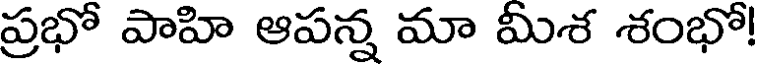
ప్రభో పాహి ఆపన్న మా మీశ శంభో!